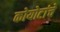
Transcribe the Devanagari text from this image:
कोयोटांचे